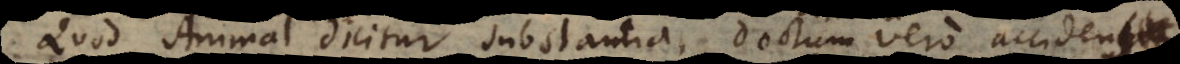
Quod Animal dicitur substantia, doctum vero accidentia